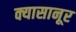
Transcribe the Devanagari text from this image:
क्यासानूर